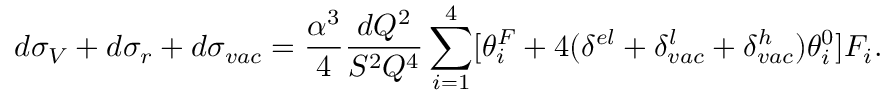
d \sigma _ { V } + d \sigma _ { r } + d \sigma _ { v a c } = \frac { \alpha ^ { 3 } } { 4 } \frac { d Q ^ { 2 } } { S ^ { 2 } Q ^ { 4 } } \sum _ { i = 1 } ^ { 4 } [ \theta _ { i } ^ { F } + 4 ( \delta ^ { e l } + \delta _ { v a c } ^ { l } + \delta _ { v a c } ^ { h } ) \theta _ { i } ^ { 0 } ] { \cal F } _ { i } .